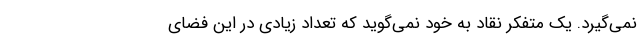
نمی‌گیرد. یک متفکر نقاد به خود نمی‌گوید که تعداد زیادی در این فضای